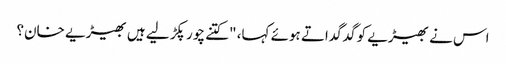
اس نے بھیڑیے کو گدگداتے ہوئے کہا، "کتنے چور پکڑ لیے ہیں بھیڑیے خان؟